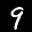
Digit: 9